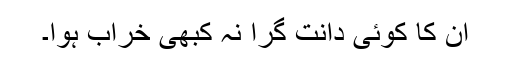
ان کا کوئی دانت گرا نہ کبھی خراب ہوا۔